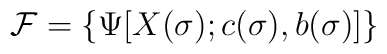
{\cal F} =\{\Psi[X (\sigma); c (\sigma), b(\sigma)]\}